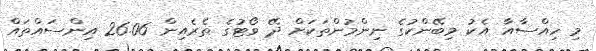
މި ހިއްސާއާ އެކު މިބޭންކުގެ ނިންމުންތަކަށް ދޭ ވޯޓުގެ ތެރެއިން 26.06 އިންސައްތައް